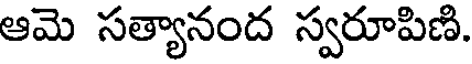
ఆమె సత్యానంద స్వరూపిణి.